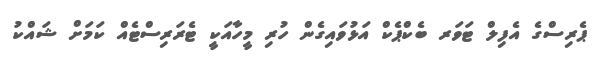
ޕެރިސްގެ އެފިލް ޓަވަރ ބެކްޕެކް އަޅުވައިގެން ހުރި މީހާއަކީ ޓެރަރިސްޓެއް ކަމަށް ޝައްކު